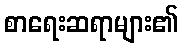
စာရေးဆရာများ၏